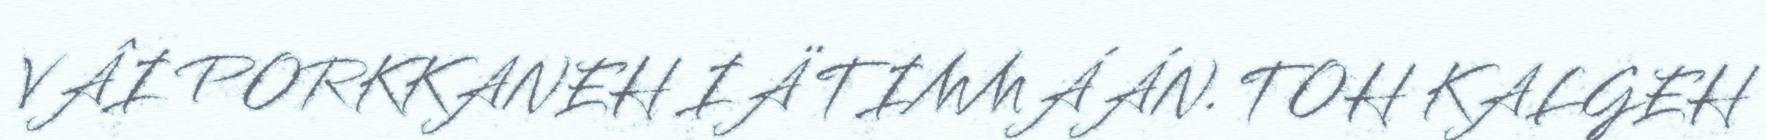
VÂI PORKKANEH IÄ TIMMÁÁN. TOH KALGEH